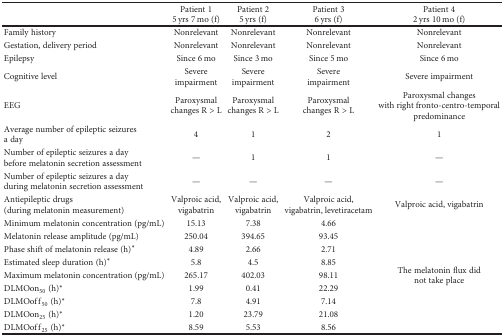
<table><thead><tr><td></td><td><b>Patient 15 yrs 7 mo (f)</b></td><td><b>Patient 25 yrs (f)</b></td><td><b>Patient 36 yrs (f)</b></td><td><b>Patient 42 yrs 10 mo (f)</b></td></tr></thead><tbody><tr><td>Family history</td><td>Nonrelevant</td><td>Nonrelevant</td><td>Nonrelevant</td><td>Nonrelevant</td></tr><tr><td>Gestation, delivery period</td><td>Nonrelevant</td><td>Nonrelevant</td><td>Nonrelevant</td><td>Nonrelevant</td></tr><tr><td>Epilepsy</td><td>Since 6 mo</td><td>Since 3 mo</td><td>Since 5 mo</td><td>Since 6 mo</td></tr><tr><td>Cognitive level</td><td>Severe impairment</td><td>Severe impairment</td><td>Severe impairment</td><td>Severe impairment</td></tr><tr><td>EEG</td><td>Paroxysmal changes R &gt; L</td><td>Paroxysmal changes R &gt; L</td><td>Paroxysmal changes R &gt; L</td><td>Paroxysmal changes with right fronto-centro-temporal predominance</td></tr><tr><td>Average number of epileptic seizures a day</td><td>4</td><td>1</td><td>2</td><td>1</td></tr><tr><td>Number of epileptic seizures a day before melatonin secretion assessment</td><td>—</td><td>1</td><td>1</td><td>—</td></tr><tr><td>Number of epileptic seizures a day during melatonin secretion assessment</td><td>—</td><td>—</td><td>—</td><td>—</td></tr><tr><td>Antiepileptic drugs (during melatonin measurement)</td><td>Valproic acid, vigabatrin</td><td>Valproic acid, vigabatrin</td><td>Valproic acid, vigabatrin, levetiracetam</td><td>Valproic acid, vigabatrin</td></tr><tr><td>Minimum melatonin concentration (pg/mL)</td><td>15.13</td><td>7.38</td><td>4.66</td><td rowspan="9">The melatonin flux did not take place</td></tr><tr><td>Melatonin release amplitude (pg/mL)</td><td>250.04</td><td>394.65</td><td>93.45</td></tr><tr><td>Phase shift of melatonin release (h)<sup>∗</sup></td><td>4.89</td><td>2.66</td><td>2.71</td></tr><tr><td>Estimated sleep duration (h)<sup>∗</sup></td><td>5.8</td><td>4.5</td><td>8.85</td></tr><tr><td>Maximum melatonin concentration (pg/mL)</td><td>265.17</td><td>402.03</td><td>98.11</td></tr><tr><td>DLMOon<sub>50</sub> (h)<sup>∗</sup></td><td>1.99</td><td>0.41</td><td>22.29</td></tr><tr><td>DLMOoff<sub>50</sub> (h)<sup>∗</sup></td><td>7.8</td><td>4.91</td><td>7.14</td></tr><tr><td>DLMOon<sub>25</sub> (h)<sup>∗</sup></td><td>1.20</td><td>23.79</td><td>21.08</td></tr><tr><td>DLMOoff<sub>25</sub> (h)<sup>∗</sup></td><td>8.59</td><td>5.53</td><td>8.56</td></tr></tbody></table>